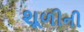
શૂળીની